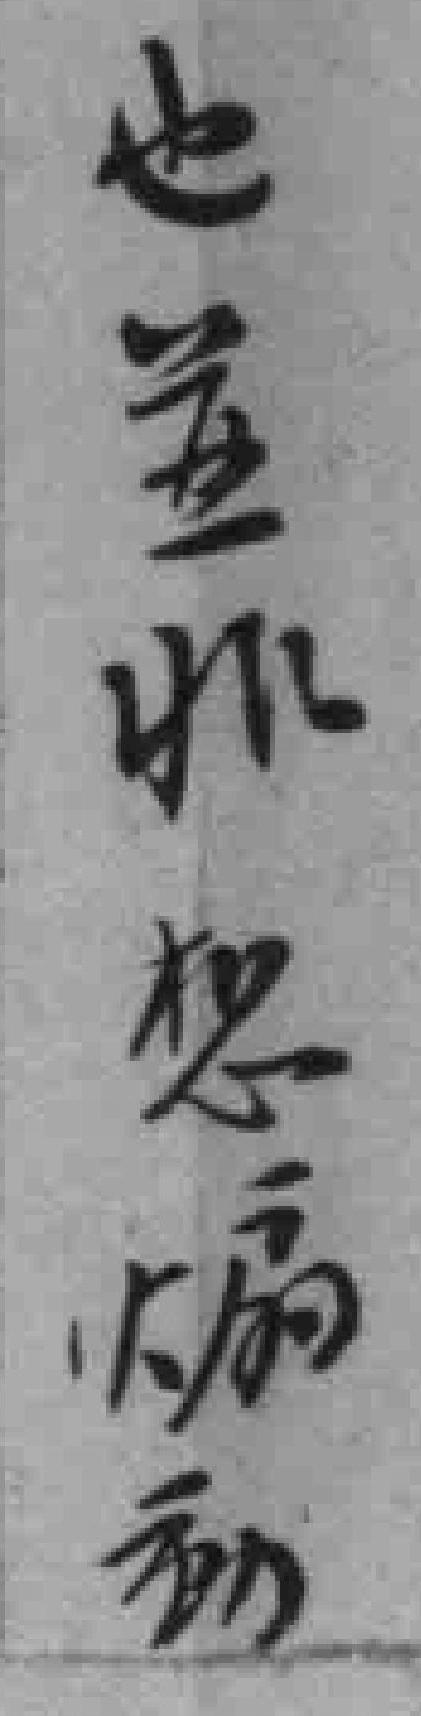
也並非想煽動